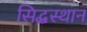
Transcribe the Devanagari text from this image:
सिद्धस्थान